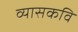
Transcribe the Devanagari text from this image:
व्यासकवि